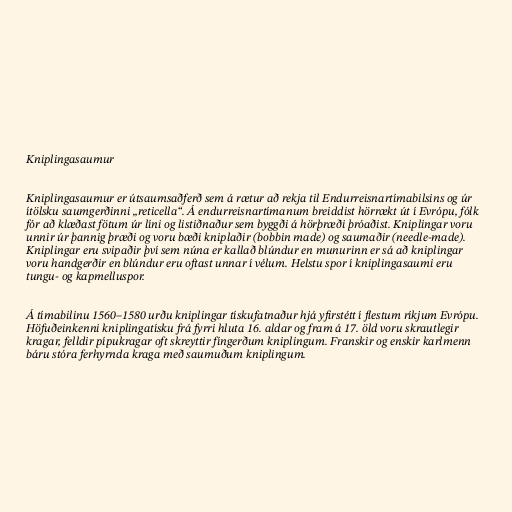
Kniplingasaumur

Kniplingasaumur er útsaumsaðferð sem á rætur að rekja til Endurreisnartímabilsins og úr
ítölsku saumgerðinni „reticella“. Á endurreisnartímanum breiddist hörrækt út í Evrópu, fólk
fór að klæðast fötum úr líni og listiðnaður sem byggði á hörþræði þróaðist. Kniplingar voru
unnir úr þannig þræði og voru bæði kniplaðir (bobbin made) og saumaðir (needle-made).
Kniplingar eru svipaðir því sem núna er kallað blúndur en munurinn er sá að kniplingar
voru handgerðir en blúndur eru oftast unnar í vélum. Helstu spor í kniplingasaumi eru
tungu- og kapmelluspor.

Á tímabilinu 1560–1580 urðu kniplingar tískufatnaður hjá yfirstétt í flestum ríkjum Evrópu.
Höfuðeinkenni kniplingatísku frá fyrri hluta 16. aldar og fram á 17. öld voru skrautlegir
kragar, felldir pípukragar oft skreyttir fíngerðum kniplingum. Franskir og enskir karlmenn
báru stóra ferhyrnda kraga með saumuðum kniplingum.